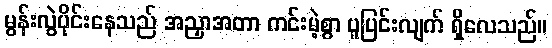
မွန်းလွဲပိုင်းနေသည် အညှာအတာ ကင်းမဲ့စွာ ပူပြင်းလျက် ရှိလေသည်။